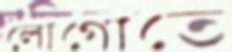
লোগোতে